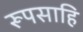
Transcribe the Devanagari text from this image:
रूपसाहि